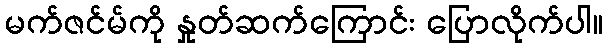
မက်ဇင်မ်ကို နှုတ်ဆက်ကြောင်း ပြောလိုက်ပါ။